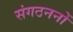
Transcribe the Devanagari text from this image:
संगठननों